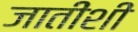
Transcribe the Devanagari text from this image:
जातींशीं